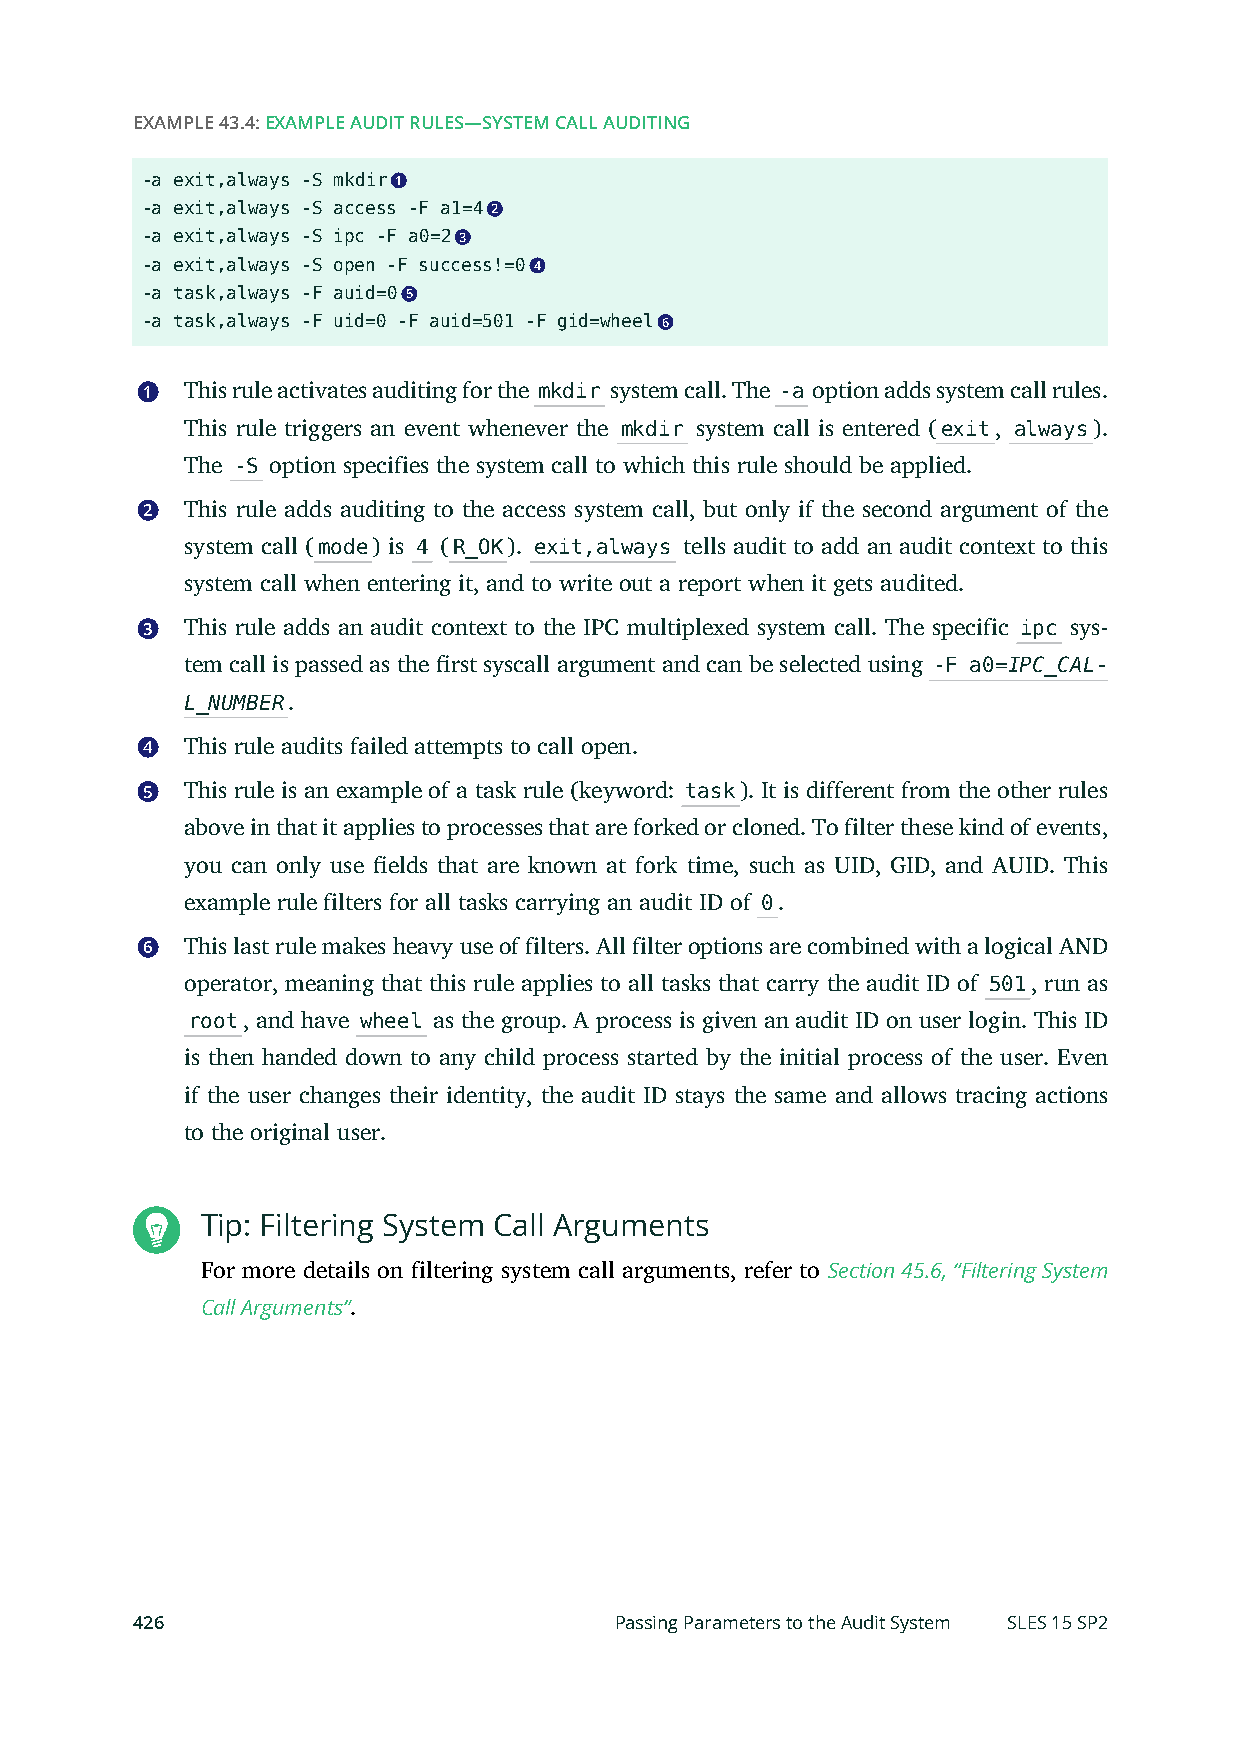
EXAMPLE 43.4: EXAMPLE AUDIT RULES—SYSTEM CALL AUDITING
 -a exit,always -S mkdir 1
 -a exit,always -S access -F a1=4 2
 -a exit,always -S ipc -F a0=2 3
 -a exit,always -S open -F success!=0 4
 -a task,always -F auid=0 5
 -a task,always -F uid=0 -F auid=501 -F gid=wheel 6
 1  This rule activates auditing for the mkdir system call. The -a option adds system call rules.
 This rule triggers an event whenever the mkdir system call is entered (exit, always).
 The -S option specifies the system call to which this rule should be applied.
 2  This rule adds auditing to the access system call, but only if the second argument of the
 system call (mode) is 4 (R_OK). exit,always tells audit to add an audit context to this
 system call when entering it, and to write out a report when it gets audited.
 3  This rule adds an audit context to the IPC multiplexed system call. The specific ipc sys-
 tem call is passed as the rst syscall argument and can be selected using -F a0=IPC_CAL-
 L_NUMBER.
 4  This rule audits failed attempts to call open.
 5  This rule is an example of a task rule (keyword: task). It is different from the other rules
 above in that it applies to processes that are forked or cloned. To filter these kind of events,
 you can only use elds that are known at fork time, such as UID, GID, and AUID. This
 example rule filters for all tasks carrying an audit ID of 0.
 6  This last rule makes heavy use of filters. All filter options are combined with a logical AND
 operator, meaning that this rule applies to all tasks that carry the audit ID of 501, run as
 root, and have wheel as the group. A process is given an audit ID on user login. This ID
 is then handed down to any child process started by the initial process of the user. Even
 if the user changes their identity, the audit ID stays the same and allows tracing actions
 to the original user.
 Tip: Filtering System Call Arguments
 For more details on filtering system call arguments, refer to Section 45.6, “Filtering System
 Call Arguments”.
 426                             Passing Parameters to the Audit System SLES 15 SP2